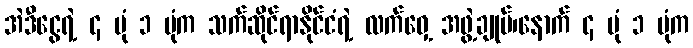
အဲဒီငွေရဲ့ ၄ ပုံ ၁ ပုံက သက်ဆိုင်ရာနိုင်ငံရဲ့ လက်ဝှေ့ အဖွဲ့ချုပ်၊နောက် ၄ ပုံ ၁ ပုံက